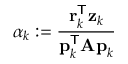
\alpha _ { k } : = { \frac { \mathbf { r } _ { k } ^ { \mathsf { T } } \mathbf { z } _ { k } } { \mathbf { p } _ { k } ^ { \mathsf { T } } \mathbf { A p } _ { k } } }